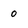
Character: 0